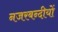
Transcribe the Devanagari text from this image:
नजरबन्दीयों